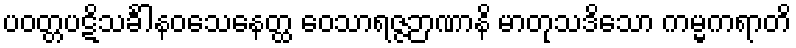
ပဝတ္တပဋိသင်္ခါနဝသေနေတ္ထ ဝေသာရဇ္ဇဉာဏာနိ မာတုသဒိသော ကမ္မကရာတိ